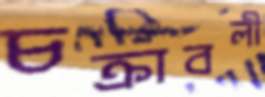
চক্রাবলী